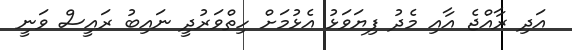
އަދި ރާއްޖެ އާއި މެދު ފިޔަވަޅު އެޅުމަށް ހިތްވަރުދީ ނައިބު ރައީސް ވަނީ